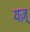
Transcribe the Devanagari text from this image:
यज़्